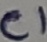
Text: C1